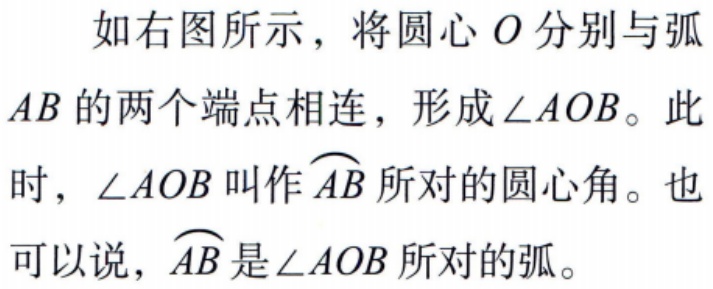
如右图所示，将圆心\(O\)分别与弧\(AB\)的两个端点相连，形成\(\angle AOB\)。此时，\(\angle AOB\)叫作\(\overset{\frown}{AB}\)所对的圆心角。也可以说，\(\overset{\frown}{AB}\)是\(\angle AOB\)所对的弧。